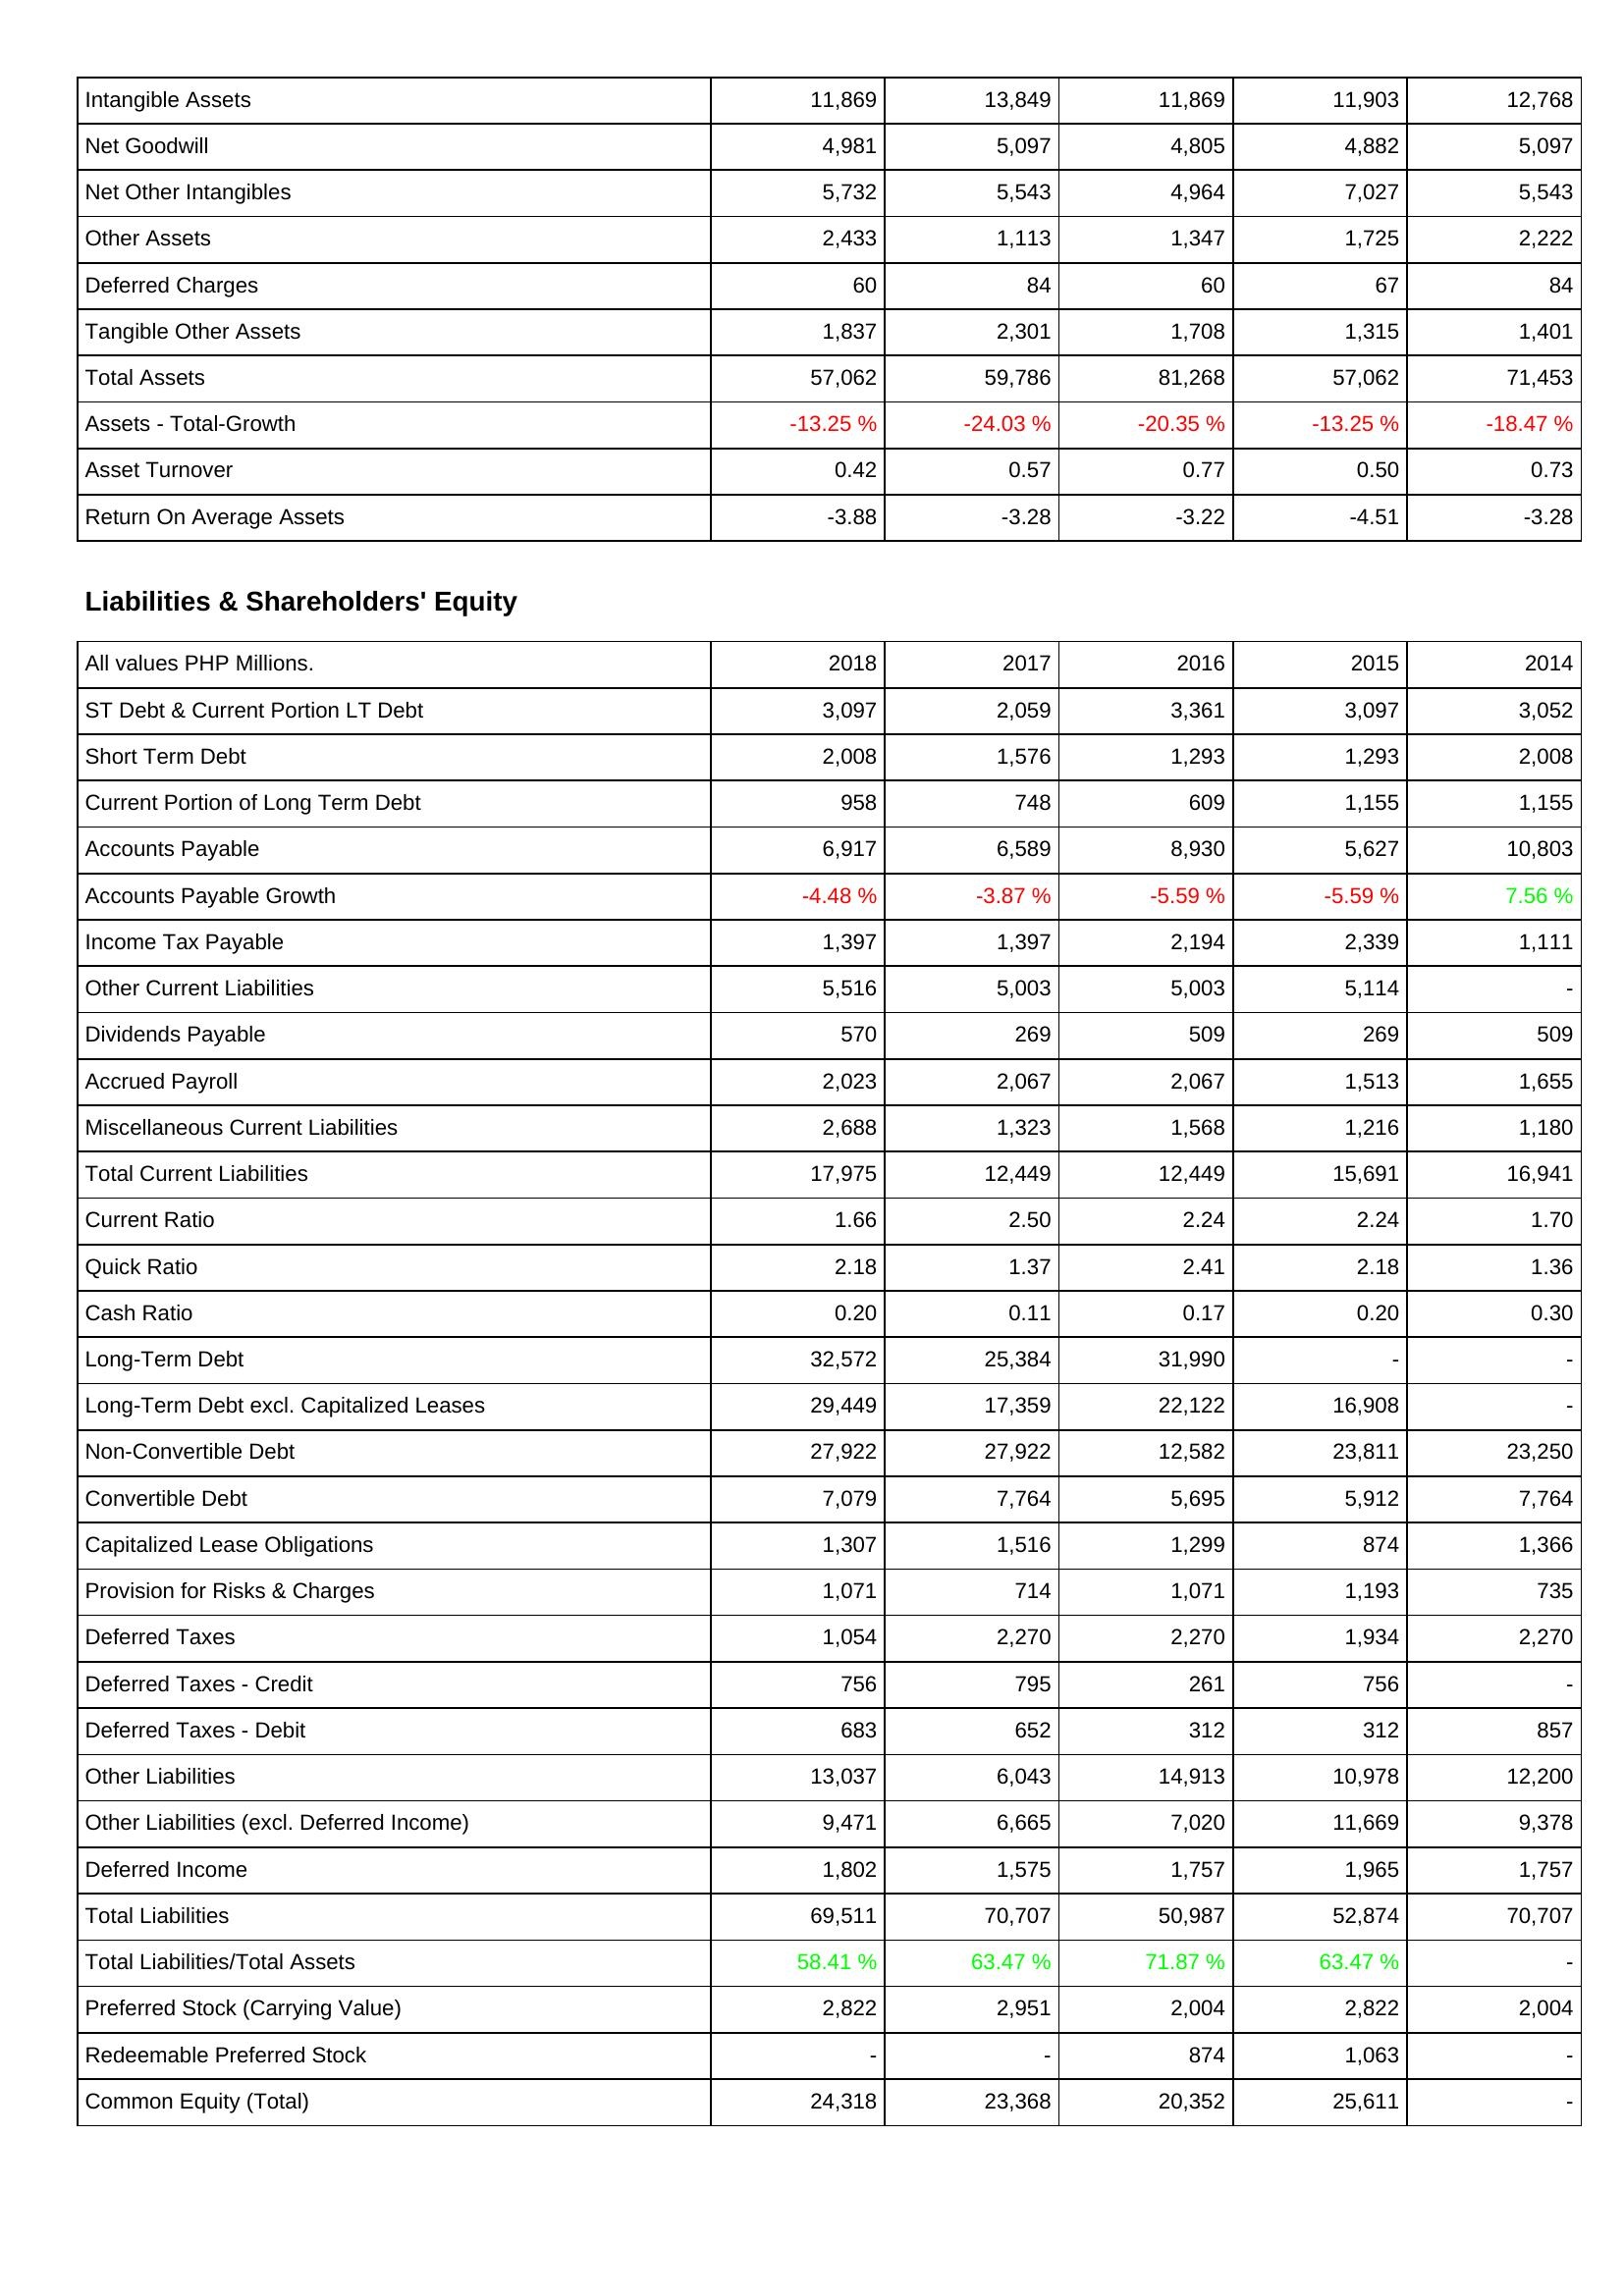
2018: Assets: Intangible Assets: 11,869
Net Goodwill: 4,981
Net Other Intangibles: 5,732
Other Assets: 2,433
Deferred Charges: 60
Tangible Other Assets: 1,837
Total Assets: 57,062
Assets - Total-Growth: -13.25 %
Asset Turnover: 0.42
Return On Average Assets: -3.88
Liabilities & Shareholders' Equity: ST Debt & Current Portion LT Debt: 3,097
Short Term Debt: 2,008
Current Portion of Long Term Debt: 958
Accounts Payable: 6,917
Accounts Payable Growth: -4.48 %
Income Tax Payable: 1,397
Other Current Liabilities: 5,516
Dividends Payable: 570
Accrued Payroll: 2,023
Miscellaneous Current Liabilities: 2,688
Total Current Liabilities: 17,975
Current Ratio: 1.66
Quick Ratio: 2.18
Cash Ratio: 0.20
Long-Term Debt: 32,572
Long-Term Debt excl. Capitalized Leases: 29,449
Non-Convertible Debt: 27,922
Convertible Debt: 7,079
Capitalized Lease Obligations: 1,307
Provision for Risks & Charges: 1,071
Deferred Taxes: 1,054
Deferred Taxes - Credit: 756
Deferred Taxes - Debit: 683
Other Liabilities: 13,037
Other Liabilities (excl. Deferred Income): 9,471
Deferred Income: 1,802
Total Liabilities: 69,511
Total Liabilities/Total Assets: 58.41 %
Preferred Stock (Carrying Value): 2,822
Redeemable Preferred Stock: -
Common Equity (Total): 24,318
2017: Assets: Intangible Assets: 13,849
Net Goodwill: 5,097
Net Other Intangibles: 5,543
Other Assets: 1,113
Deferred Charges: 84
Tangible Other Assets: 2,301
Total Assets: 59,786
Assets - Total-Growth: -24.03 %
Asset Turnover: 0.57
Return On Average Assets: -3.28
Liabilities & Shareholders' Equity: ST Debt & Current Portion LT Debt: 2,059
Short Term Debt: 1,576
Current Portion of Long Term Debt: 748
Accounts Payable: 6,589
Accounts Payable Growth: -3.87 %
Income Tax Payable: 1,397
Other Current Liabilities: 5,003
Dividends Payable: 269
Accrued Payroll: 2,067
Miscellaneous Current Liabilities: 1,323
Total Current Liabilities: 12,449
Current Ratio: 2.50
Quick Ratio: 1.37
Cash Ratio: 0.11
Long-Term Debt: 25,384
Long-Term Debt excl. Capitalized Leases: 17,359
Non-Convertible Debt: 27,922
Convertible Debt: 7,764
Capitalized Lease Obligations: 1,516
Provision for Risks & Charges: 714
Deferred Taxes: 2,270
Deferred Taxes - Credit: 795
Deferred Taxes - Debit: 652
Other Liabilities: 6,043
Other Liabilities (excl. Deferred Income): 6,665
Deferred Income: 1,575
Total Liabilities: 70,707
Total Liabilities/Total Assets: 63.47 %
Preferred Stock (Carrying Value): 2,951
Redeemable Preferred Stock: -
Common Equity (Total): 23,368
2016: Assets: Intangible Assets: 11,869
Net Goodwill: 4,805
Net Other Intangibles: 4,964
Other Assets: 1,347
Deferred Charges: 60
Tangible Other Assets: 1,708
Total Assets: 81,268
Assets - Total-Growth: -20.35 %
Asset Turnover: 0.77
Return On Average Assets: -3.22
Liabilities & Shareholders' Equity: ST Debt & Current Portion LT Debt: 3,361
Short Term Debt: 1,293
Current Portion of Long Term Debt: 609
Accounts Payable: 8,930
Accounts Payable Growth: -5.59 %
Income Tax Payable: 2,194
Other Current Liabilities: 5,003
Dividends Payable: 509
Accrued Payroll: 2,067
Miscellaneous Current Liabilities: 1,568
Total Current Liabilities: 12,449
Current Ratio: 2.24
Quick Ratio: 2.41
Cash Ratio: 0.17
Long-Term Debt: 31,990
Long-Term Debt excl. Capitalized Leases: 22,122
Non-Convertible Debt: 12,582
Convertible Debt: 5,695
Capitalized Lease Obligations: 1,299
Provision for Risks & Charges: 1,071
Deferred Taxes: 2,270
Deferred Taxes - Credit: 261
Deferred Taxes - Debit: 312
Other Liabilities: 14,913
Other Liabilities (excl. Deferred Income): 7,020
Deferred Income: 1,757
Total Liabilities: 50,987
Total Liabilities/Total Assets: 71.87 %
Preferred Stock (Carrying Value): 2,004
Redeemable Preferred Stock: 874
Common Equity (Total): 20,352
2015: Assets: Intangible Assets: 11,903
Net Goodwill: 4,882
Net Other Intangibles: 7,027
Other Assets: 1,725
Deferred Charges: 67
Tangible Other Assets: 1,315
Total Assets: 57,062
Assets - Total-Growth: -13.25 %
Asset Turnover: 0.50
Return On Average Assets: -4.51
Liabilities & Shareholders' Equity: ST Debt & Current Portion LT Debt: 3,097
Short Term Debt: 1,293
Current Portion of Long Term Debt: 1,155
Accounts Payable: 5,627
Accounts Payable Growth: -5.59 %
Income Tax Payable: 2,339
Other Current Liabilities: 5,114
Dividends Payable: 269
Accrued Payroll: 1,513
Miscellaneous Current Liabilities: 1,216
Total Current Liabilities: 15,691
Current Ratio: 2.24
Quick Ratio: 2.18
Cash Ratio: 0.20
Long-Term Debt: -
Long-Term Debt excl. Capitalized Leases: 16,908
Non-Convertible Debt: 23,811
Convertible Debt: 5,912
Capitalized Lease Obligations: 874
Provision for Risks & Charges: 1,193
Deferred Taxes: 1,934
Deferred Taxes - Credit: 756
Deferred Taxes - Debit: 312
Other Liabilities: 10,978
Other Liabilities (excl. Deferred Income): 11,669
Deferred Income: 1,965
Total Liabilities: 52,874
Total Liabilities/Total Assets: 63.47 %
Preferred Stock (Carrying Value): 2,822
Redeemable Preferred Stock: 1,063
Common Equity (Total): 25,611
2014: Assets: Intangible Assets: 12,768
Net Goodwill: 5,097
Net Other Intangibles: 5,543
Other Assets: 2,222
Deferred Charges: 84
Tangible Other Assets: 1,401
Total Assets: 71,453
Assets - Total-Growth: -18.47 %
Asset Turnover: 0.73
Return On Average Assets: -3.28
Liabilities & Shareholders' Equity: ST Debt & Current Portion LT Debt: 3,052
Short Term Debt: 2,008
Current Portion of Long Term Debt: 1,155
Accounts Payable: 10,803
Accounts Payable Growth: 7.56 %
Income Tax Payable: 1,111
Other Current Liabilities: -
Dividends Payable: 509
Accrued Payroll: 1,655
Miscellaneous Current Liabilities: 1,180
Total Current Liabilities: 16,941
Current Ratio: 1.70
Quick Ratio: 1.36
Cash Ratio: 0.30
Long-Term Debt: -
Long-Term Debt excl. Capitalized Leases: -
Non-Convertible Debt: 23,250
Convertible Debt: 7,764
Capitalized Lease Obligations: 1,366
Provision for Risks & Charges: 735
Deferred Taxes: 2,270
Deferred Taxes - Credit: -
Deferred Taxes - Debit: 857
Other Liabilities: 12,200
Other Liabilities (excl. Deferred Income): 9,378
Deferred Income: 1,757
Total Liabilities: 70,707
Total Liabilities/Total Assets: -
Preferred Stock (Carrying Value): 2,004
Redeemable Preferred Stock: -
Common Equity (Total): -